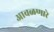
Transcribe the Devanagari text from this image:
आवळणारे